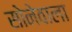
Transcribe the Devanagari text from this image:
सोनेवाला